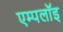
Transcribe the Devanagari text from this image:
एम्पलॉइ